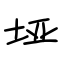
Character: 垭